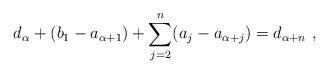
LaTeX: \begin{align*}d_\alpha + (b_1 - a_{\alpha+1}) + \sum_{j=2}^n (a_j - a_{\alpha + j}) = d_{\alpha + n} \ ,\end{align*}